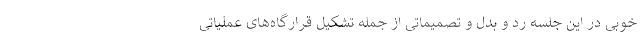
خوبی در این جلسه رد و بدل و تصمیماتی از جمله تشکیل قرارگاه‌های عملیاتی